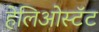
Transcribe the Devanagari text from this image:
हेलिओस्टॅट